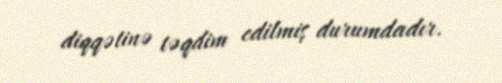
diqqətinə təqdim edilmiş durumdadır.